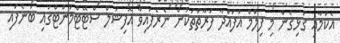
އެކަމާއި ގުޅިގެން މި ފިލްމް އުފައްދާ ފަރާތްތަކުން ނެރެފައިވާ އޮފިޝަލް ސްޓޭޓްމަންޓްގައި ބުނެފައި